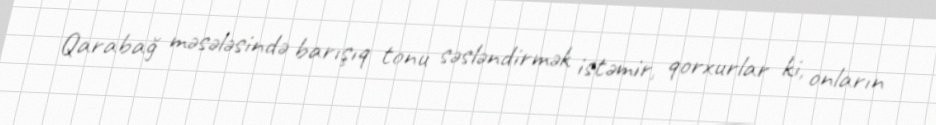
Qarabağ məsələsində barışıq tonu səsləndirmək istəmir, qorxurlar ki, onların